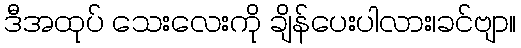
ဒီအထုပ် သေးလေးကို ချိန်ပေးပါလား၊ခင်ဗျာ။